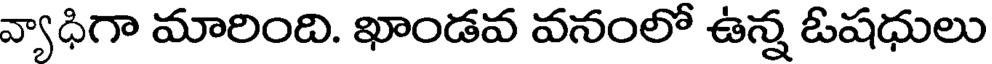
వ్యాధిగా మారింది. ఖాండవ వనంలో ఉన్న ఓషధులు